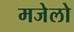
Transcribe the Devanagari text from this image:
मजेलो